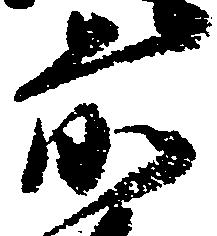
前